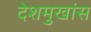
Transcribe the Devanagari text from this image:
देशमुखांस